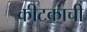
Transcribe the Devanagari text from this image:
कीटकाची